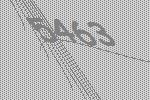
5463